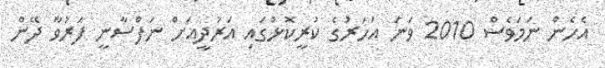
އެހެން ނަމަވެސް 2010 ވަނަ އަހަރުގެ ކުރީކޮޅުގައި އަރުދީއަށް ނަފްސާނީ ފަރުވާ ދޭން